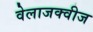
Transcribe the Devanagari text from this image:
वेलाजक्वीज